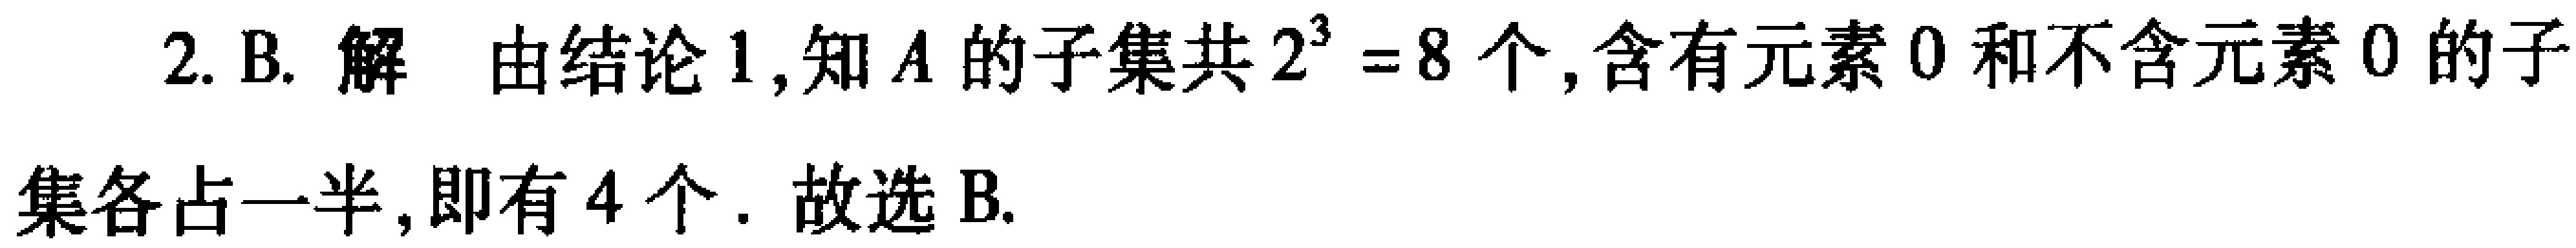
2. B. 解 由结论1,知\(A\)的子集共\(2^{3}=8\)个,含有元素\(0\)和不含元素\(0\)的子
集各占一半,即有\(4\)个. 故选B.